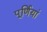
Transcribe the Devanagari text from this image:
पूर्णियां